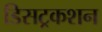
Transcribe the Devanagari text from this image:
डिसट्रकशन